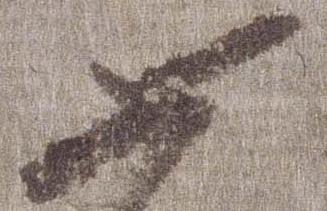
如